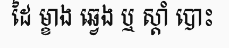
ដៃ ម្ខាង ឆ្វេង ឬ ស្តាំ បោះ